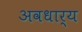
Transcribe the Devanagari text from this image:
अवधार्य